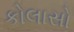
કોલાસો